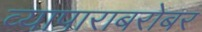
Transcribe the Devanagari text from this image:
व्यापाराबरोबर